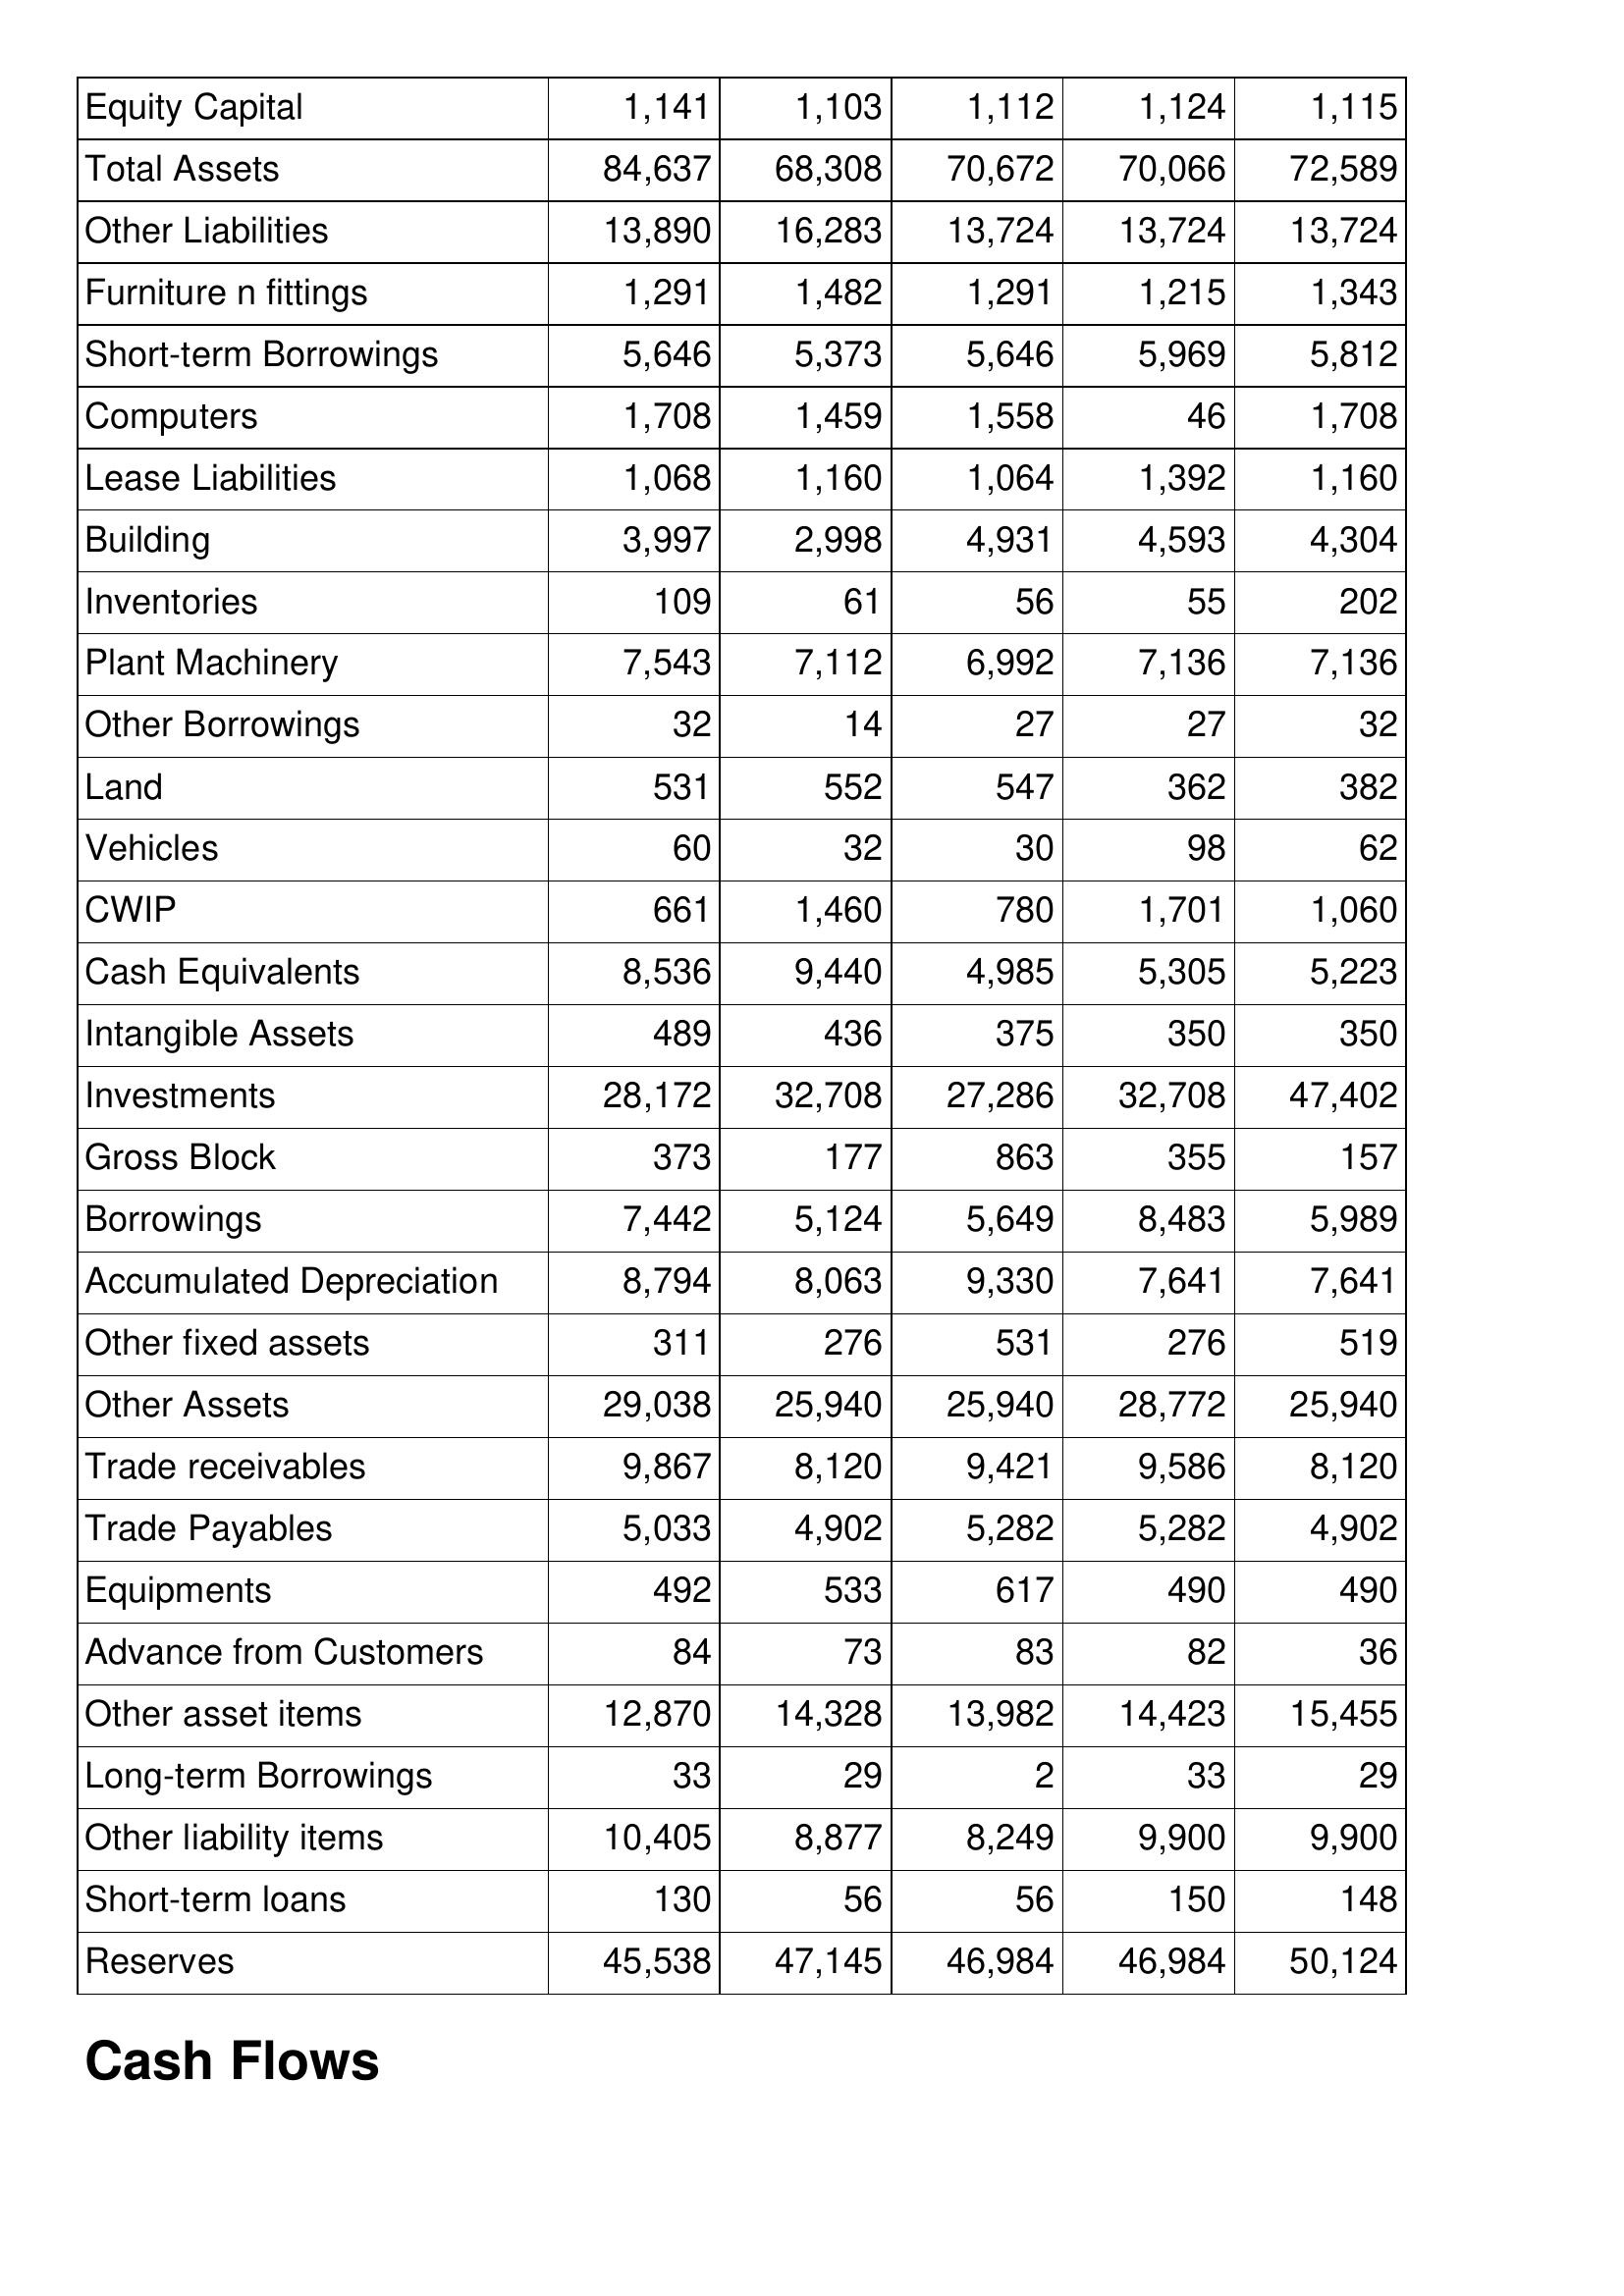
Jul-12: Balance Sheet: Equity Capital: 1,141
Total Assets: 84,637
Other Liabilities: 13,890
Furniture n fittings: 1,291
Short-term Borrowings: 5,646
Computers: 1,708
Lease Liabilities: 1,068
Building: 3,997
Inventories: 109
Plant Machinery: 7,543
Other Borrowings: 32
Land: 531
Vehicles: 60
CWIP: 661
Cash Equivalents: 8,536
Intangible Assets: 489
Investments: 28,172
Gross Block: 373
Borrowings: 7,442
Accumulated Depreciation: 8,794
Other fixed assets: 311
Other Assets: 29,038
Trade receivables: 9,867
Trade Payables: 5,033
Equipments: 492
Advance from Customers: 84
Other asset items: 12,870
Long-term Borrowings: 33
Other liability items: 10,405
Short-term loans: 130
Reserves: 45,538
Jul-13: Balance Sheet: Equity Capital: 1,103
Total Assets: 68,308
Other Liabilities: 16,283
Furniture n fittings: 1,482
Short-term Borrowings: 5,373
Computers: 1,459
Lease Liabilities: 1,160
Building: 2,998
Inventories: 61
Plant Machinery: 7,112
Other Borrowings: 14
Land: 552
Vehicles: 32
CWIP: 1,460
Cash Equivalents: 9,440
Intangible Assets: 436
Investments: 32,708
Gross Block: 177
Borrowings: 5,124
Accumulated Depreciation: 8,063
Other fixed assets: 276
Other Assets: 25,940
Trade receivables: 8,120
Trade Payables: 4,902
Equipments: 533
Advance from Customers: 73
Other asset items: 14,328
Long-term Borrowings: 29
Other liability items: 8,877
Short-term loans: 56
Reserves: 47,145
Jul-14: Balance Sheet: Equity Capital: 1,112
Total Assets: 70,672
Other Liabilities: 13,724
Furniture n fittings: 1,291
Short-term Borrowings: 5,646
Computers: 1,558
Lease Liabilities: 1,064
Building: 4,931
Inventories: 56
Plant Machinery: 6,992
Other Borrowings: 27
Land: 547
Vehicles: 30
CWIP: 780
Cash Equivalents: 4,985
Intangible Assets: 375
Investments: 27,286
Gross Block: 863
Borrowings: 5,649
Accumulated Depreciation: 9,330
Other fixed assets: 531
Other Assets: 25,940
Trade receivables: 9,421
Trade Payables: 5,282
Equipments: 617
Advance from Customers: 83
Other asset items: 13,982
Long-term Borrowings: 2
Other liability items: 8,249
Short-term loans: 56
Reserves: 46,984
Jul-15: Balance Sheet: Equity Capital: 1,124
Total Assets: 70,066
Other Liabilities: 13,724
Furniture n fittings: 1,215
Short-term Borrowings: 5,969
Computers: 46
Lease Liabilities: 1,392
Building: 4,593
Inventories: 55
Plant Machinery: 7,136
Other Borrowings: 27
Land: 362
Vehicles: 98
CWIP: 1,701
Cash Equivalents: 5,305
Intangible Assets: 350
Investments: 32,708
Gross Block: 355
Borrowings: 8,483
Accumulated Depreciation: 7,641
Other fixed assets: 276
Other Assets: 28,772
Trade receivables: 9,586
Trade Payables: 5,282
Equipments: 490
Advance from Customers: 82
Other asset items: 14,423
Long-term Borrowings: 33
Other liability items: 9,900
Short-term loans: 150
Reserves: 46,984
Jul-16: Balance Sheet: Equity Capital: 1,115
Total Assets: 72,589
Other Liabilities: 13,724
Furniture n fittings: 1,343
Short-term Borrowings: 5,812
Computers: 1,708
Lease Liabilities: 1,160
Building: 4,304
Inventories: 202
Plant Machinery: 7,136
Other Borrowings: 32
Land: 382
Vehicles: 62
CWIP: 1,060
Cash Equivalents: 5,223
Intangible Assets: 350
Investments: 47,402
Gross Block: 157
Borrowings: 5,989
Accumulated Depreciation: 7,641
Other fixed assets: 519
Other Assets: 25,940
Trade receivables: 8,120
Trade Payables: 4,902
Equipments: 490
Advance from Customers: 36
Other asset items: 15,455
Long-term Borrowings: 29
Other liability items: 9,900
Short-term loans: 148
Reserves: 50,124